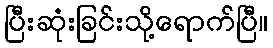
ပြီးဆုံးခြင်းသို့ရောက်ပြီ။